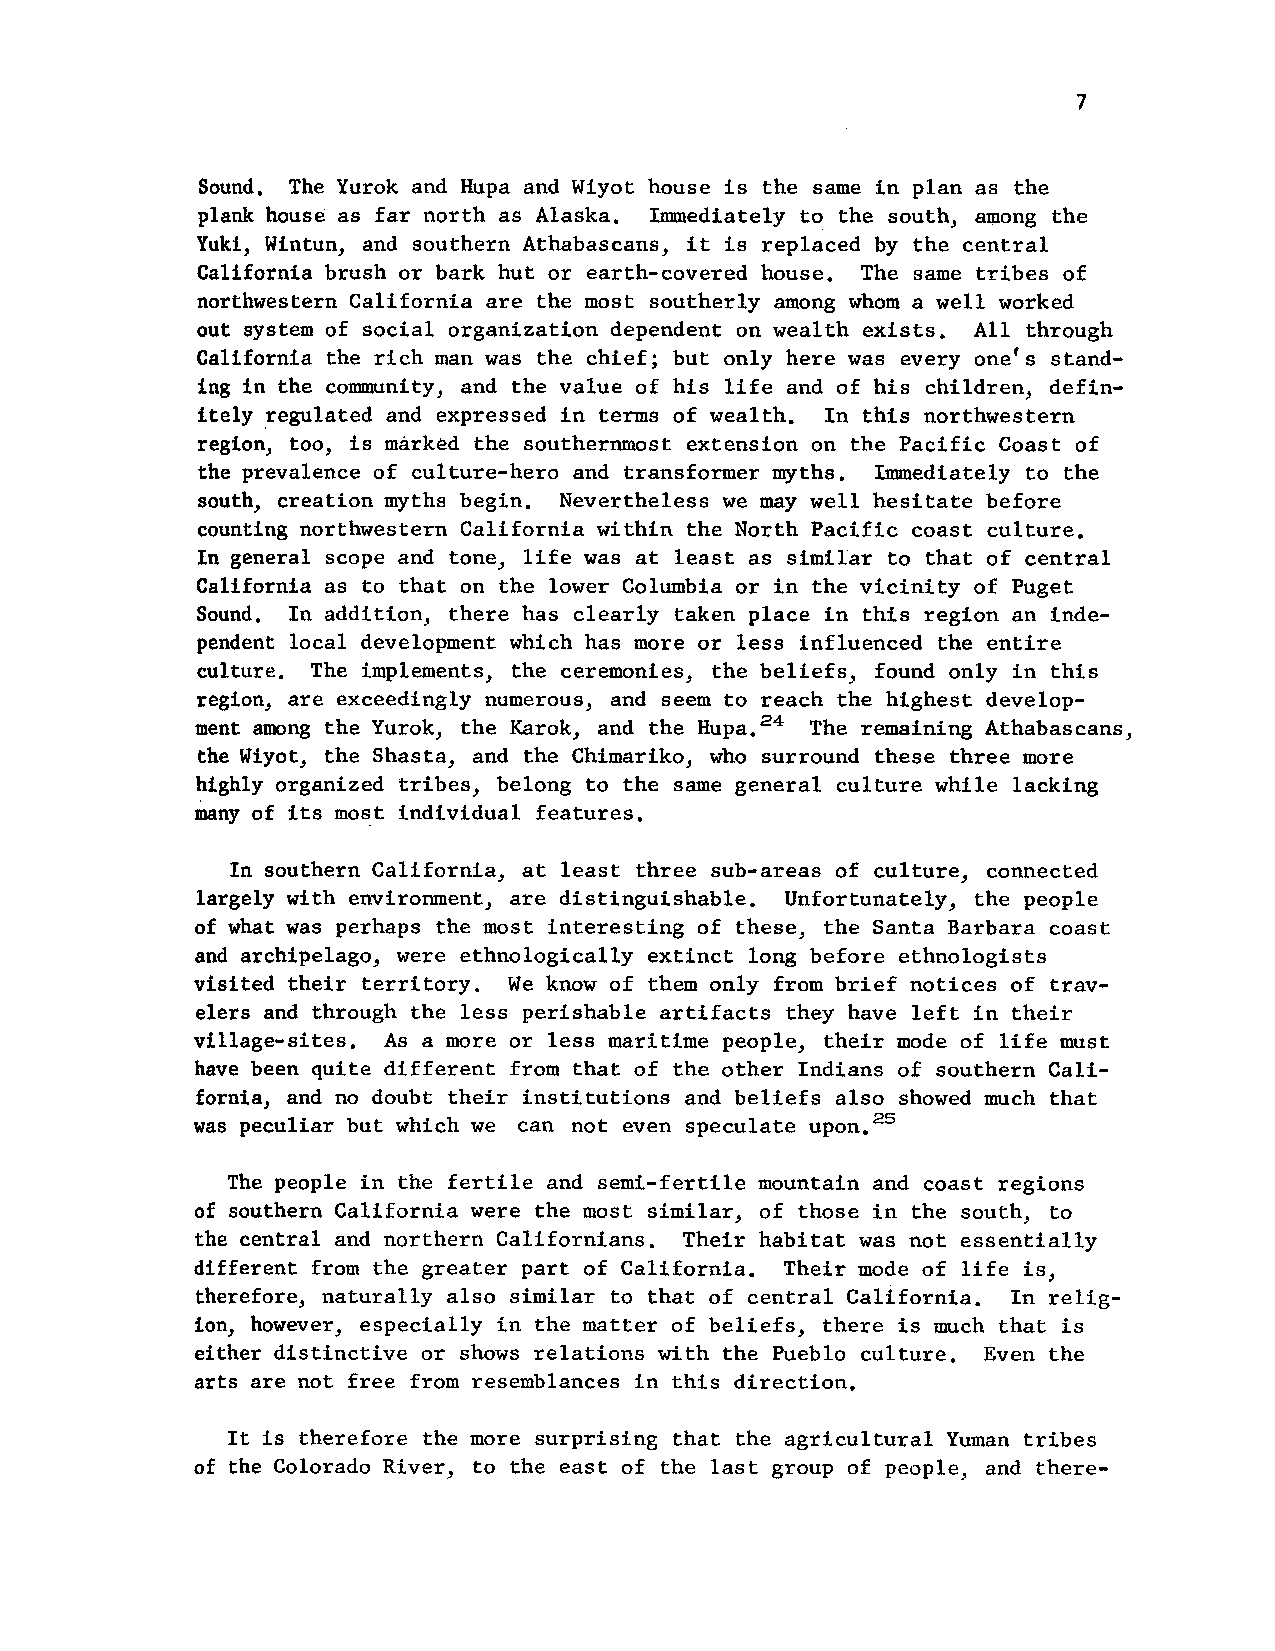
7
 Sound. The Yurok and Hupa and Wiyot house is the same in plan as the
 plank house as far north as Alaska. Immediately to the south, among the
 Yuki, Wintun, and southern Athabascans, it is replaced by the central
 California brush or bark hut or earth-covered house. The same tribes of
 northwestern California are the most southerly among whom a well worked
 out system of social organization dependent on wealth exists. All through
 California the rich man was the chief; but only here was every one's stand-
 ing in the community, and the value of his life and of his children, defin-
 itely regulated and expressed in terms of wealth. In this northwestern
 region, too, is mArk6d the southernmost extension on the Pacific Coast of
 the prevalence of culture-hero and transformer myths. Immediately to the
 south, creation myths begin. Nevertheless we may well hesitate before
 counting northwestern California within the North Pacific coast culture.
 In general scope and tone, life was at least as similar to that of central
 California as to that on the lower Columbia or in the vicinity of Puget
 Sound. In addition, there has clearly taken place in this region an inde-
 pendent local development which has more or less influenced the entire
 culture. The implements, the ceremonies, the beliefs, found only in this
 region, are exceedingly numerous, and seem to reach the highest develop-
 ment among the Yurok, the Karok, and the Hupa.24 The remaining Athabascans,
 the Wiyot, the Shasta, and the Chimariko, who surround these three more
 highly organized tribes, belong to the same general culture while lacking
 many of its most individual features.
 In southern California, at least three sub-areas of culture, connected
 largely with environment, are distinguishable. Unfortunately, the people
 of what was perhaps the most interesting of these, the Santa Barbara coast
 and archipelago, were ethnologically extinct long before ethnologists
 visited their territory. We know of them only from brief notices of trav-
 elers and through the less perishable artifacts they have left in their
 village-sites. As a more or less maritime people, their mode of life must
 have been quite different from that of the other Indians of southern Cali-
 fornia, and no doubt their institutions and beliefs also showed much that
 was peculiar but which we can not even speculate upon.25
 The people in the fertile and semi-fertile mountain and coast regions
 of southern California were the most similar, of those in the south, to
 the central and northern Californians. Their habitat was not essentially
 different from the greater part of California. Their mode of life is,
 therefore, naturally also similar to that of central California. In relig-
 ion, however, especially in the matter of beliefs, there is much that is
 either distinctive or shows relations with the Pueblo culture. Even the
 arts are not free from resemblances in this direction.
 It is therefore the more surprising that the agricultural Yuman tribes
 of the Colorado River, to the east of the last group of people, and there-